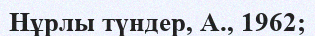
Нұрлы түндер, А., 1962;